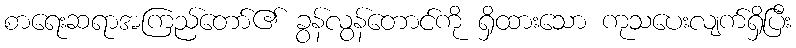
စာရေးဆရာအကြည်တော်၏ ခွန်လွန်တောင်ကို ရှိထားသော ကုသပေးလျက်ရှိပြီး